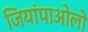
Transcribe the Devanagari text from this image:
जियांपाओलो